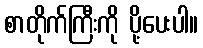
စာတိုက်ကြီးကို ပို့ပေးပါ။